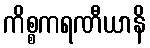
ကိစ္စကရဏီယာနိ